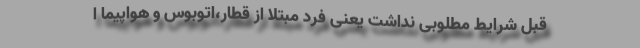
قبل شرایط مطلوبی نداشت یعنی فرد مبتلا از قطار،‌اتوبوس و هواپیما ا